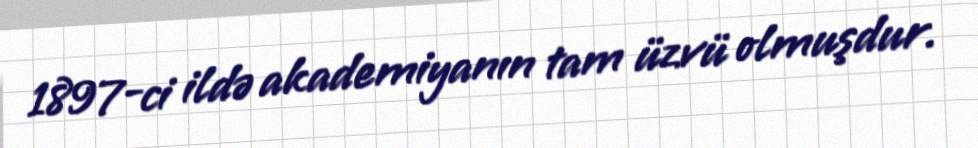
1897-ci ildə akademiyanın tam üzvü olmuşdur.